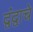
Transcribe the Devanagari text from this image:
द्वंद्वाचे